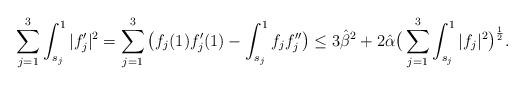
LaTeX: \begin{align*}\sum_{j=1}^3\int_{s_j}^{1}|f'_j|^2=\sum_{j=1}^3\big( f_j(1)f'_j(1)-\int_{s_j}^{1}f_j f''_j\big)\leq 3\hat\beta^2+2\hat\alpha\big(\sum_{j=1}^3\int_{s_j}^{1} |f_j|^2\big)^{\frac12}.\end{align*}